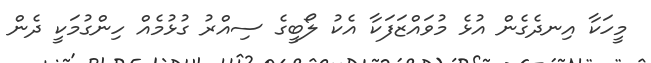
މީހަކާ އިނދެގެން އުޅެ މުވައްޒަފަކާ އެކު ލޯބީގެ ސިއްރު ގުޅުމެއް ހިންގުމަކީ ދެން